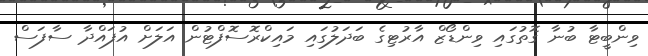
ވިންބީޓާ ބުނާ ގޮތުގައި ވިންޑޯޒް އާރުޓިގެ ބަދަލުގައި މައިކްރޮސޮފްޓުން އަލަށް އުފައްދާ ސާފަސް